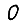
Digit: 0